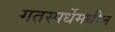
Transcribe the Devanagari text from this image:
गतस्पर्धेमधील